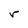
Character: r